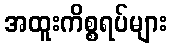
အထူးကိစ္စရပ်များ